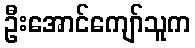
ဦးအောင်ကျော်သူက